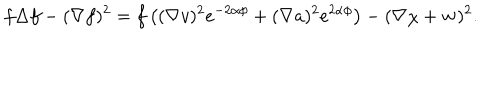
LaTeX: f \Delta f - ( \nabla f ) ^ { 2 } = f \left( ( \nabla v ) ^ { 2 } e ^ { - 2 \alpha \phi } + ( \nabla a ) ^ { 2 } e ^ { 2 \alpha \phi } \right) - ( \nabla \chi + { \bf w } ) ^ { 2 } .